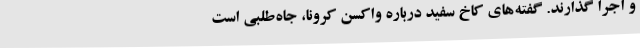
و اجرا گذارند. گفته‌های کاخ سفید درباره واکسن کرونا، جاه‌طلبی است